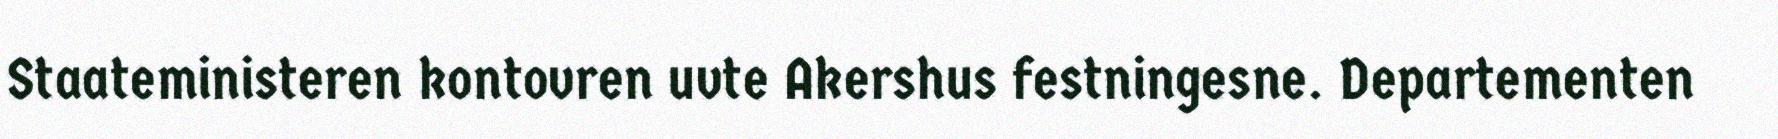
Staateministeren kontovren uvte Akershus festningesne. Departementen